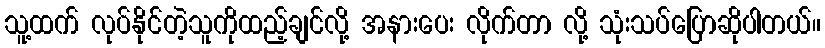
သူ့ထက် လုပ်နိုင်တဲ့သူကိုထည့်ချင်လို့ အနားပေး လိုက်တာ လို့ သုံးသပ်ပြောဆိုပါတယ်။